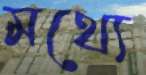
মথ্যে